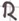
Text: R